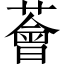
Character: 薈